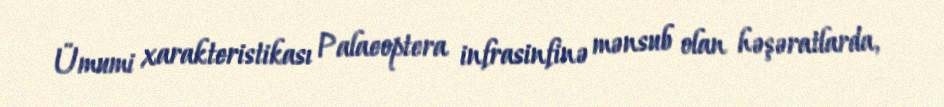
Ümumi xarakteristikası Palaeoptera infrasinfinə mənsub olan həşəratlarda,